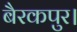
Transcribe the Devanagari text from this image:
बैरकपुर।